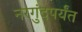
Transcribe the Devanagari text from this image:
नरगुंदपर्यंत